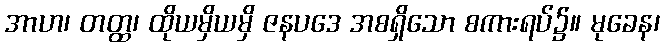
အာဟ၊ တတ္ထ၊ ထိုယမှိယမှိ ဇနပဒေ အစရှိသော စကားရပ်၌။ မုခေန၊